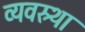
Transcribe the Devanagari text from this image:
व्यवस्र्था